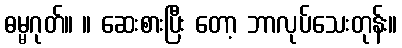
ဓမ္မဂုတ်။ ။ ဆေးစားပြီး တော့ ဘာလုပ်သေးတုန်း။